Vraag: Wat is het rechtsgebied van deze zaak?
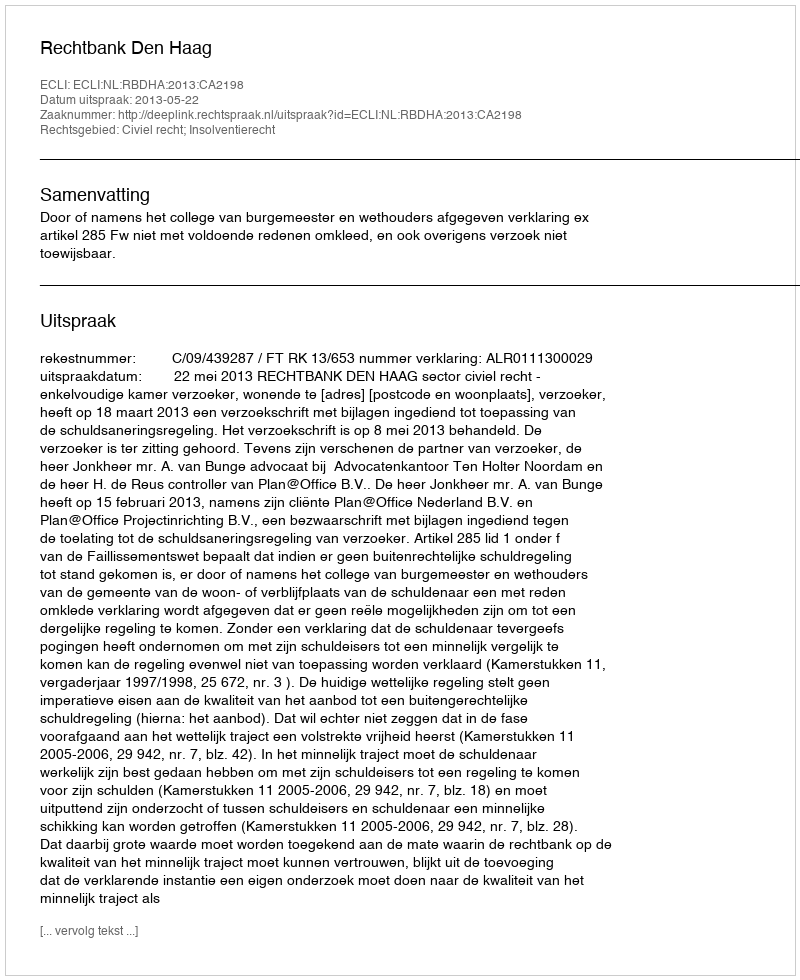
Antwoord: Civiel recht; Insolventierecht